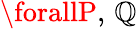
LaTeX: \forallP,\, \mathbb{Q}